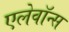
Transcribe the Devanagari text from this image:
एलेवॉन्स